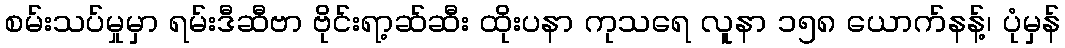
စမ်းသပ်မှုမှာ ရမ်းဒီဆီဗာ ဗိုင်းရာ့ဆ်ဆီး ထိုးပနာ ကုသရေ လူနာ ၁၅၈ ယောက်နန့်၊ ပုံမှန်